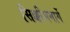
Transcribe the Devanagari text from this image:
सिक्कीममार्गे